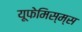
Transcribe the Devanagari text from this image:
यूफेमिस्म्स